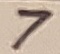
Text: 7